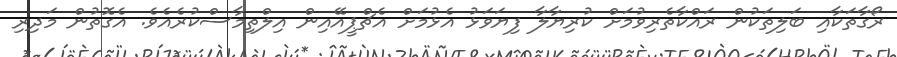
ރޯގާތަކާއި ބަލިތަކުން ރައްކާތެރިވުމަށް ކުރިޔާލާ ފިޔަވަޅު އެޅުމަށް އެޗްޕީއޭއިން އިލްތިމާސްކުރެއެވެ. އެގޮތުން މަދިރި